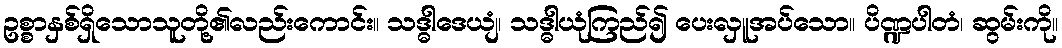
ဥစ္စာနှစ်ရှိသောသူတို့၏လည်းကောင်း။ သဒ္ဓါဒေယျံ၊ သဒ္ဓါယုံကြည်၍ ပေးလှူအပ်သော။ ပိဏ္ဍပါတံ၊ ဆွမ်းကို။